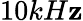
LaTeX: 10kH\mathbf{z}